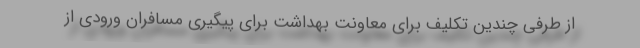
از طرفی چندین تکلیف برای معاونت بهداشت برای پیگیری مسافران ورودی از